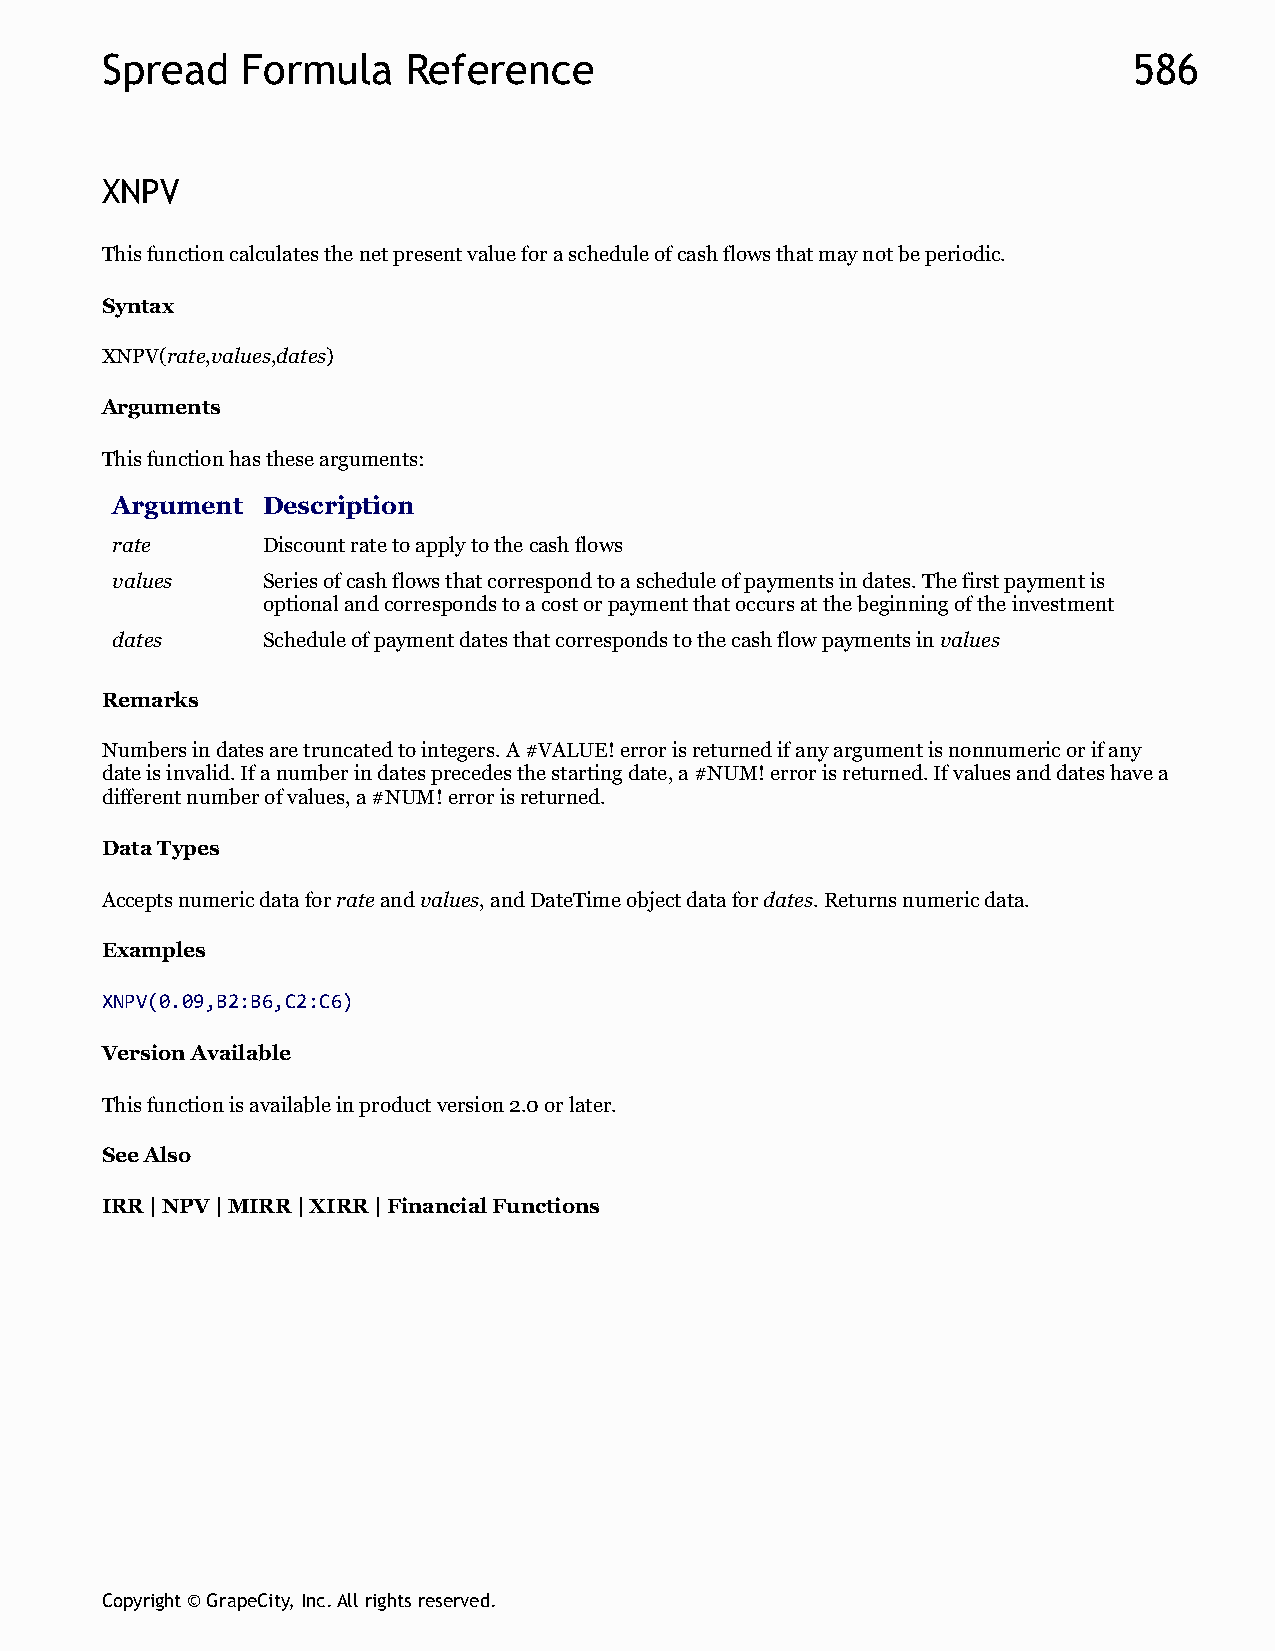
Spread   Formula    Reference                                       586
 XNPV
 This function calculates the net present value for a schedule of cash flows that may not be periodic.
 Syntax
 XNPV(rate,values,dates)
 Arguments
 This function has these arguments:
 Argument  Description
 rate      Discount rate to apply to the cash flows
 values    Series of cash flows that correspond to a schedule of payments in dates. The first payment is
 optional and corresponds to a cost or payment that occurs at the beginning of the investment
 dates     Schedule of payment dates that corresponds to the cash flow payments in values
 Remarks
 Numbers in dates are truncated to integers. A #VALUE! error is returned if any argument is nonnumeric or if any
 date is invalid. If a number in dates precedes the starting date, a #NUM! error is returned. If values and dates have a
 different number of values, a #NUM! error is returned.
 Data Types
 Accepts numeric data for rate and values, and DateTime object data for dates. Returns numeric data.
 Examples
 XNPV(0.09,B2:B6,C2:C6)
 Version Available
 This function is available in product version 2.0 or later.
 See Also
 IRR | NPV | MIRR | XIRR | Financial Functions
 Copyright © GrapeCity, Inc. All rights reserved.